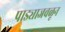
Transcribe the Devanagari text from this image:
पाड्याजवळून